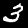
Label: 3